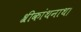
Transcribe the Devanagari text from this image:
श्रीकांथनाथ।